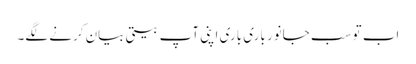
اب تو سب جانور باری باری اپنی آپ بیتی بیان کرنے لگے۔